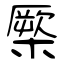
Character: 橜